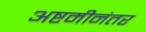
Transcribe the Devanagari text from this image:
अष्टमीनंतर